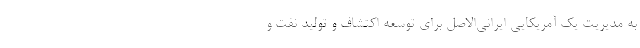
به مدیریت یک آمریکایی ایرانی‌الاصل برای توسعه اکتشاف و تولید نفت و